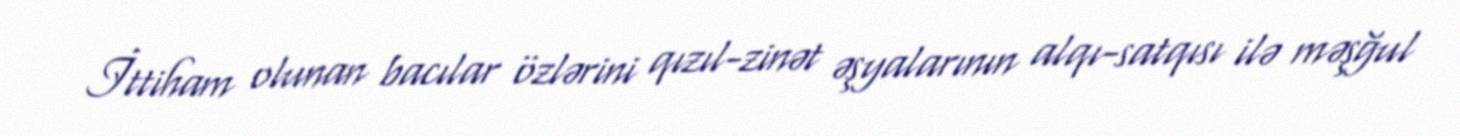
İttiham olunan bacılar özlərini qızıl-zinət əşyalarının alqı-satqısı ilə məşğul